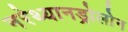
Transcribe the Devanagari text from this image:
नरेथ्यानड्रोलोन